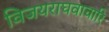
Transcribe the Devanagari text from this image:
विजयराघवाचारि